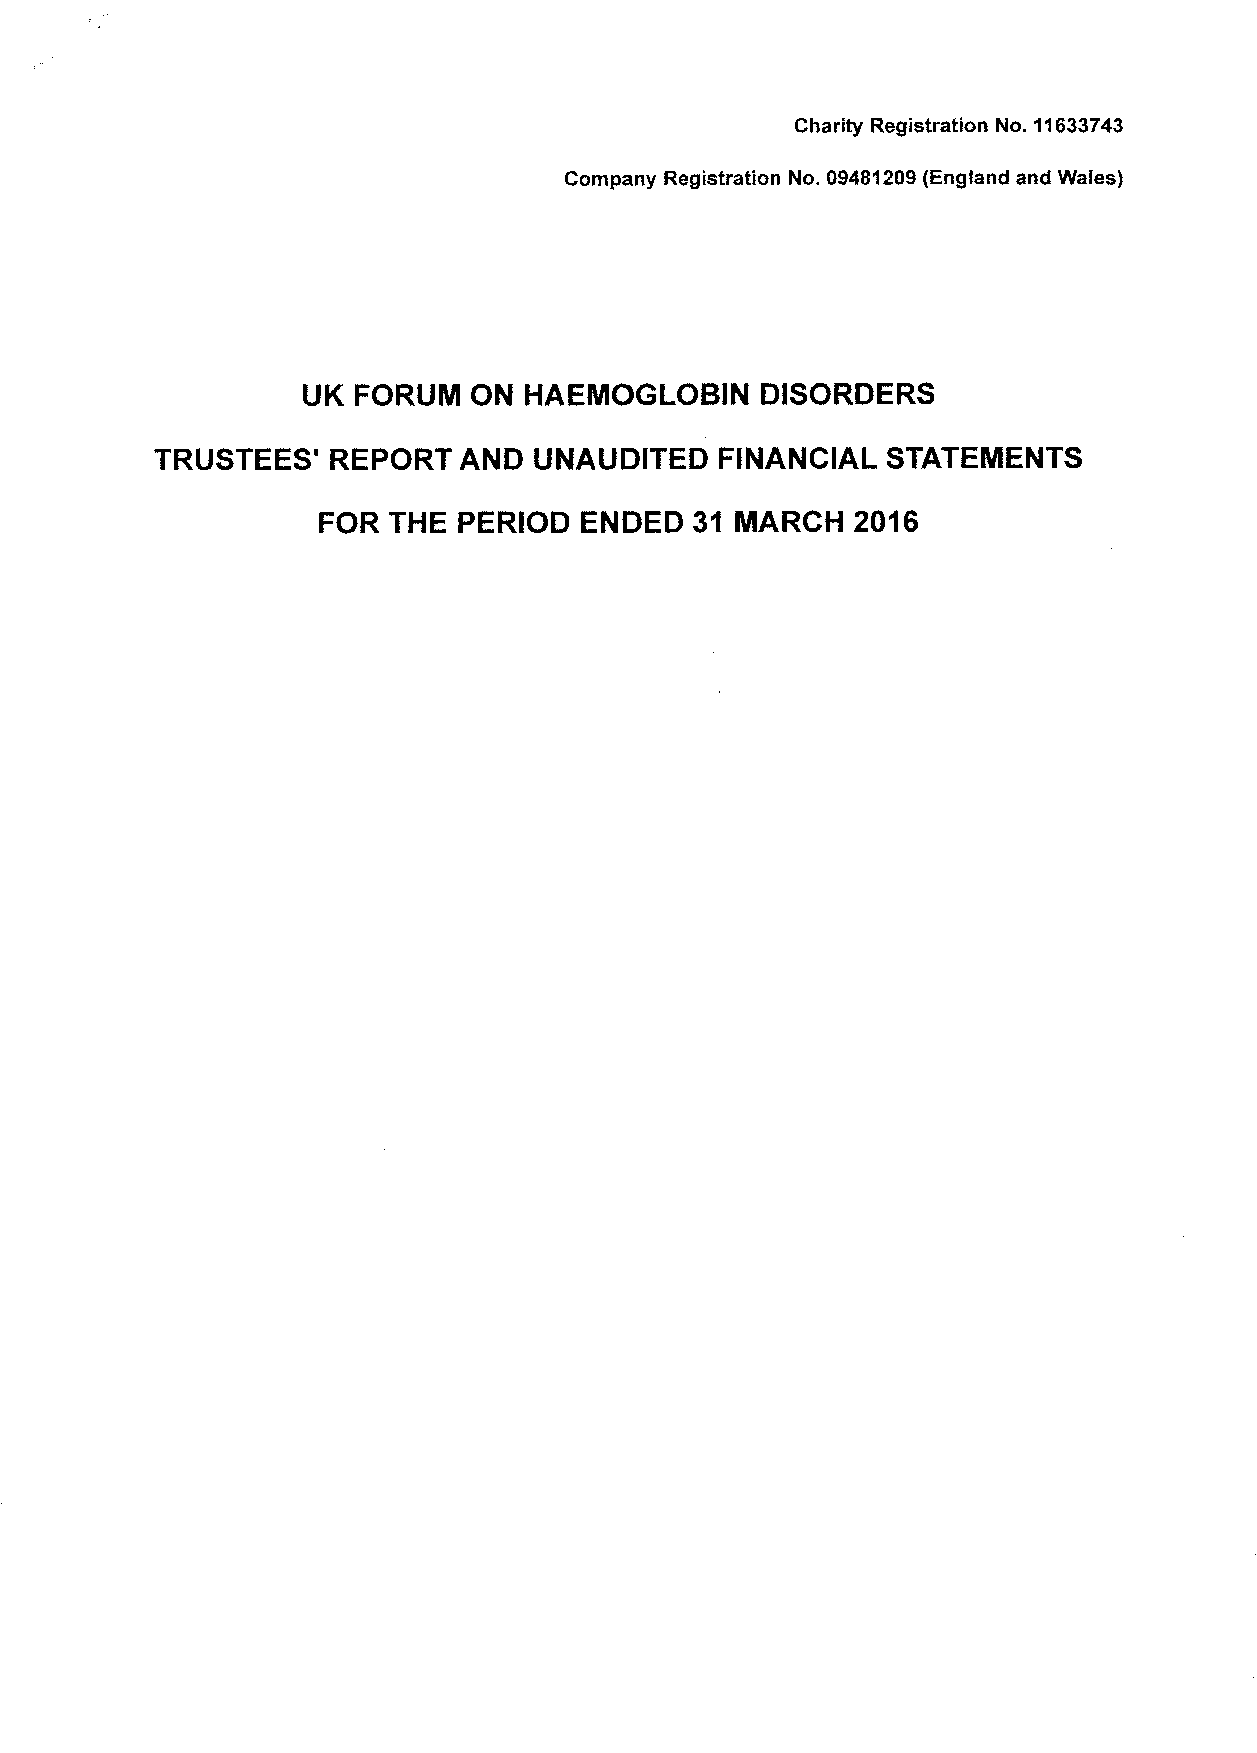
Charity Registration No. 11633743
 Company Registration No. 09481209(England and Wales)
 UK FORUM   ON  HAEMOGLOBIN    DISORDERS
 TRUSTEES'   REPORT  AND  UNAUDITED    FINANCIAL  STATEIIENTS
 FOR  THE PERIOD  ENDED   31 MARCH  2016